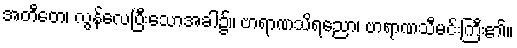
အတီတေ၊ လွန်လေပြီးသောအခါ၌။ ဗာရာဏသိရညော၊ ဗာရာဏသီမင်းကြီး၏။